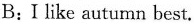
B:I like autumn best.